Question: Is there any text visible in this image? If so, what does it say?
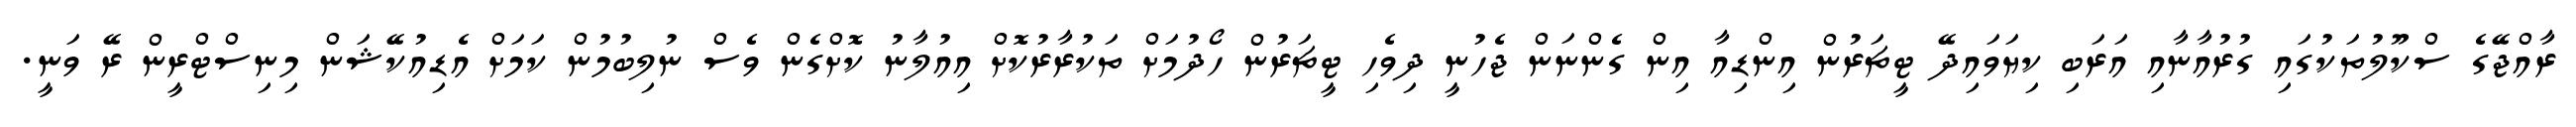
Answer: ރާއްޖޭގެ ސްކޫލުތަކުގައި ގުރުއާނާއި އަރަބި ކިޔަވައިދޭ ޓީޗަރުން އިންޑިއާ އިން ގެންނަން ޖެހުނީ ދިވެހި ޓީޗަރުން ހޯދުމަށް ތަކުރާރުކޮށް އިއުލާނު ކޮށްގެން ވެސް ނުލިބުމުން ކަމަށް އެޑިއުކޭޝަން މިނިސްޓްރީން ރޭ ވަނީ.